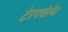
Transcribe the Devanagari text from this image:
टेरफ्थेलेट